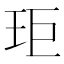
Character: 𭸾